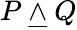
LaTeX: P\ {\underline{{\land}}}\ Q